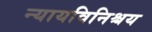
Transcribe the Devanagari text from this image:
न्यायविनिश्चय